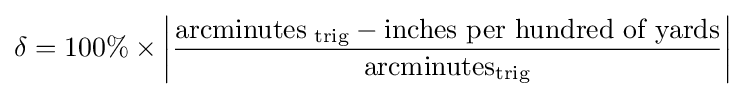
\delta =100\%\times \left|{\frac {{\text{arcminutes}}_{\text{ trig}}-{\text{inches per hundred of yards}}}{{\text{arcminutes}}_{\text{trig}}}}\right|